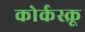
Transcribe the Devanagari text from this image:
कोर्कस्क्रू